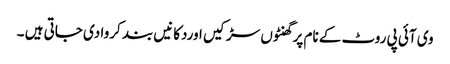
وی آئی پی روٹ کے نام پر گھنٹوں سڑکیں اوردکانیں بند کروا دی جاتی ہیں ۔